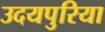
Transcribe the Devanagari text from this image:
उदयपुरिया